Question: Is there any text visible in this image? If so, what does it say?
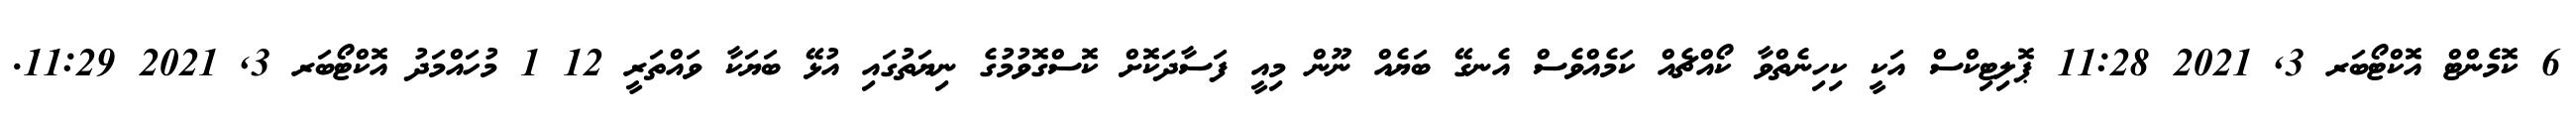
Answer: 6 ކޮމެންޓް އޮކްޓޯބަރ 3, 2021 11:28 ޕޮލިޓިކްސް އަކީ ކިހިނެތްވާ ކޯއްޗެއް ކަމެއްވެސް އެނގޭ ބަޔެއް ނޫން މިއީ ފަސާދަކޮށް ކޮސްގޮވުމުގެ ނިޔަތުގައި އުޅޭ ބަޔަކާ ވައްތަރީ 12 1 މުހައްމަދު އޮކްޓޯބަރ 3, 2021 11:29.